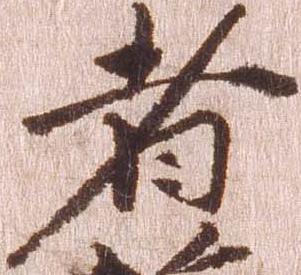
者